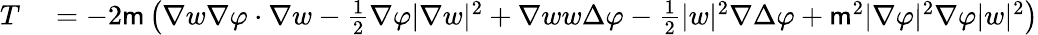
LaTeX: \begin{array}{rl}{T}&{{}=-2\mathsf{m}\left(\nabla w\nabla\varphi\cdot\nabla w-\frac{1}{2}\nabla\varphi|\nabla w|^{2}+\nabla ww\Delta\varphi-\frac{1}{2}|w|^{2}\nabla\Delta\varphi+\mathsf{m}^{2}|\nabla\varphi|^{2}\nabla\varphi|w|^{2}\right)}\end{array}